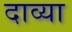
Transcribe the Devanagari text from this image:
दाव्या